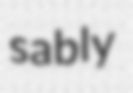
sably